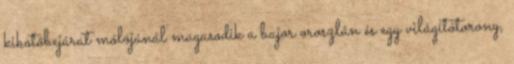
kikötőbejárat mólójánál magasodik a bajor oroszlán és egy világítótorony,